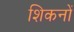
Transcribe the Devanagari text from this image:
शिकनों